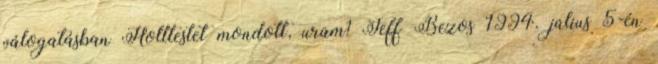
válogatásban Holttestet mondott, uram? Jeff Bezos 1994. július 5-én